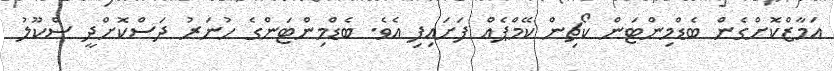
އަމާޒްކޮށްގެން ބެޑްމިންޓަން ކޯޗިން ކޭމްޕެއް ފަށައިފި އެވެ. ބެޑްމިންޓަންގެ ހުނަރު ދަސްކޮށްދީ ސްކޫލު